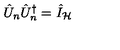
\hat { U } _ { n } \hat { U } _ { n } ^ { \dagger } = \hat { I } _ { \mathcal { H } }